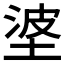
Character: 𪣭